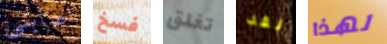
اصابني فسخ تغلق لقد لهذا